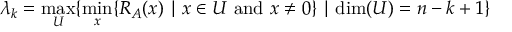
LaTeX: \lambda _ { k } = \operatorname* { m a x } _ { U } \{ \operatorname* { m i n } _ { x } \{ R _ { A } ( x ) \mid x \in U { \mathrm { ~ a n d ~ } } x \neq 0 \} \mid \dim ( U ) = n - k + 1 \}